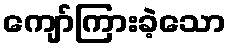
ကျော်ကြားခဲ့သော